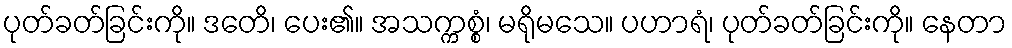
ပုတ်ခတ်ခြင်းကို။ ဒတေိ၊ ပေး၏။ အသက္ကစ္စံ၊ မရိုမသေ။ ပဟာရံ၊ ပုတ်ခတ်ခြင်းကို။ နေတာ